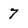
Character: 7